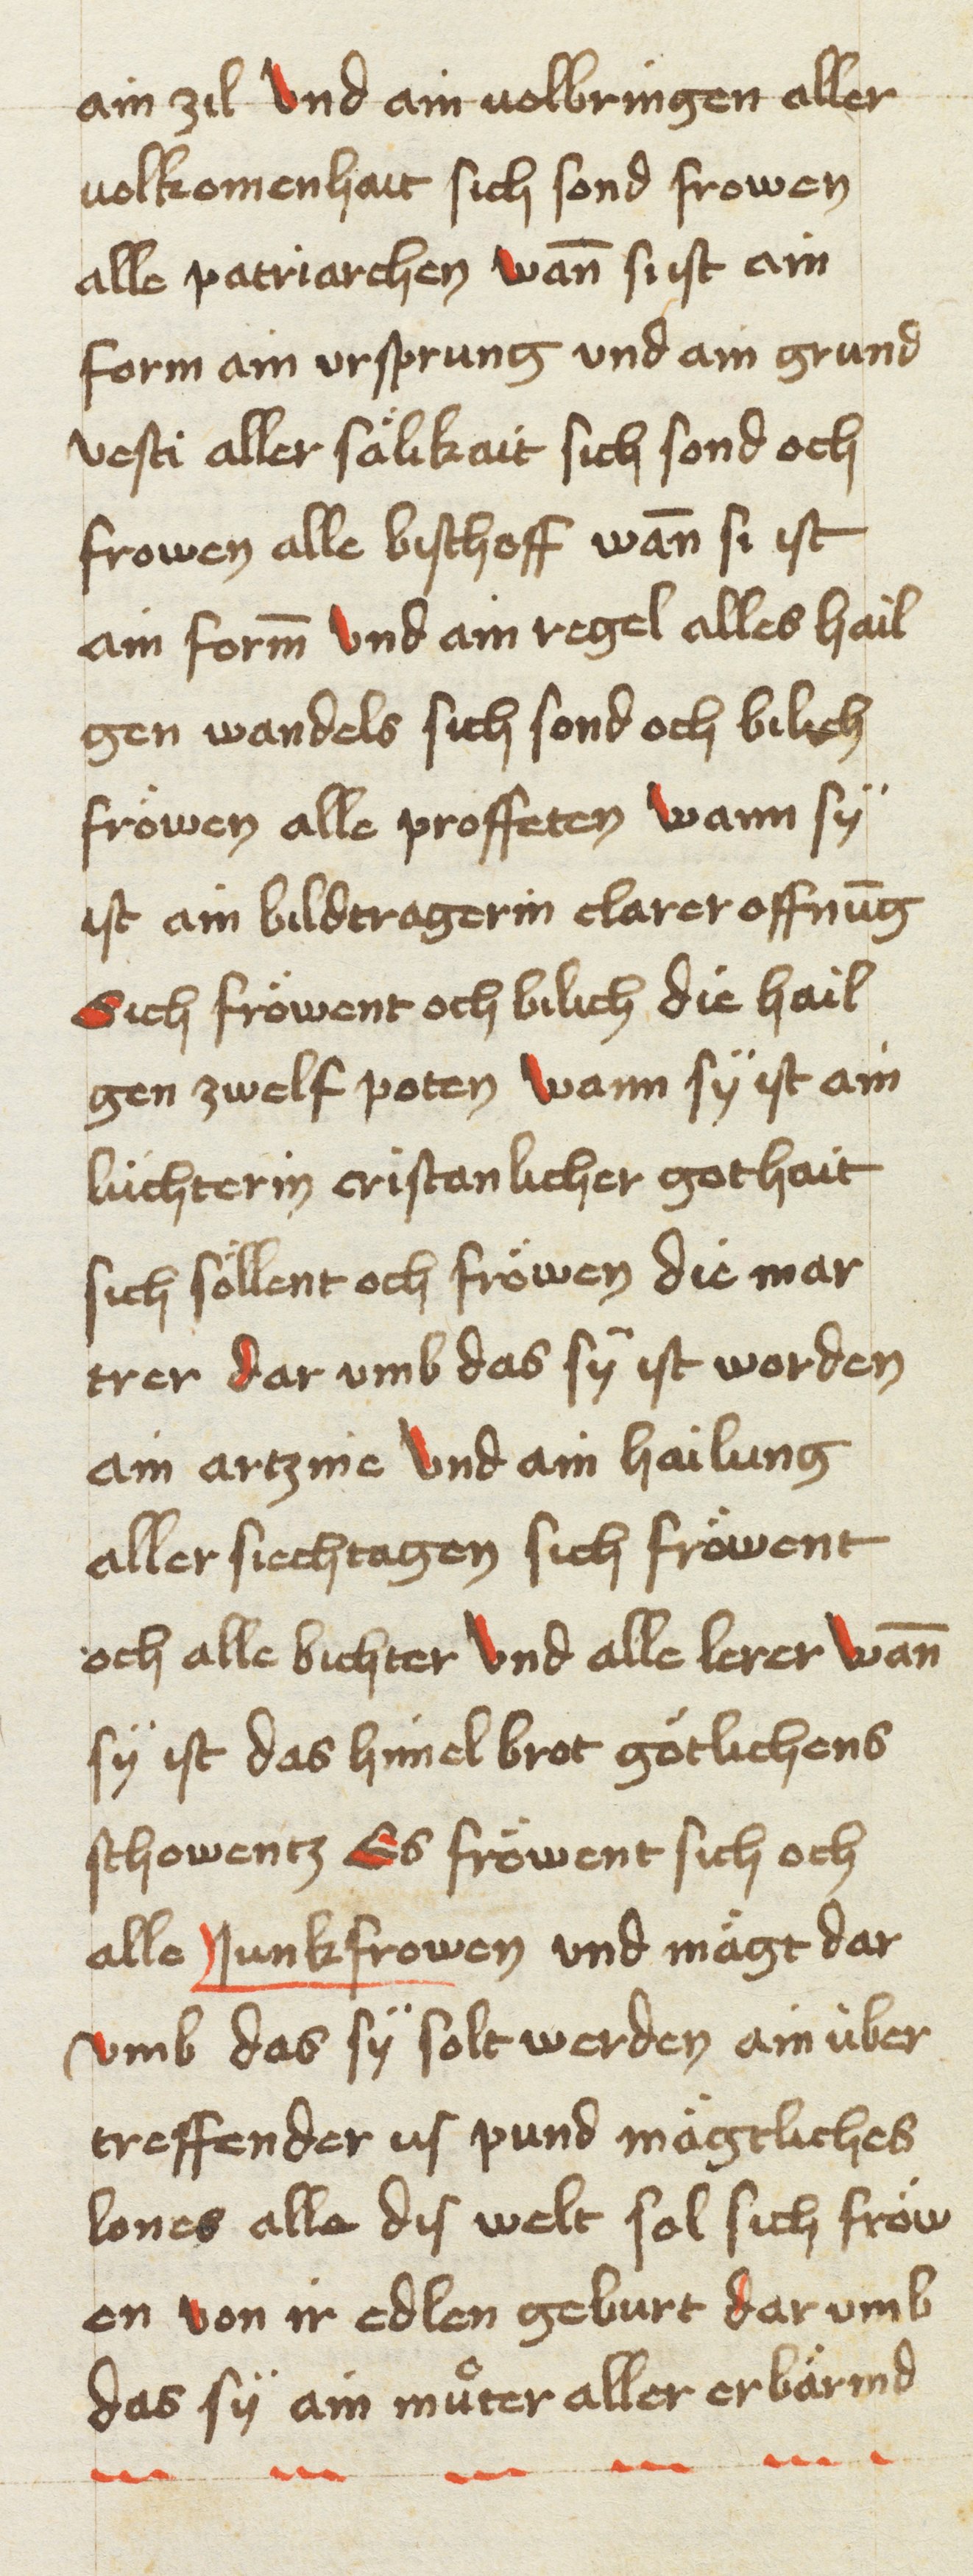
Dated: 1453–1454